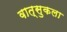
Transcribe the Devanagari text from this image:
वात्सुकला